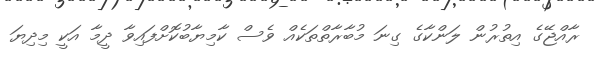
ރާއްޖޭގެ އިތުރުން ލަންކާގެ ގިނަ މުބާރާތްތަކެއް ވެސް ކާމިޔާބުކޮށްފައިވާ ދީމާ އަކީ މިދިޔަ